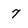
Character: 7